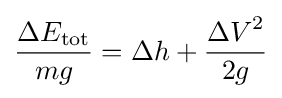
{\Delta E_{\text{tot}} \over mg}=\Delta h+{{\Delta V}^{2} \over 2g}